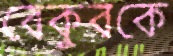
বেকুবকে